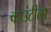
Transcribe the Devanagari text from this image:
काउंटीला